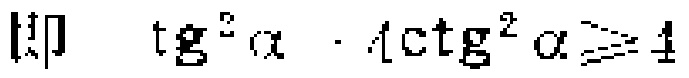
即 $\tg^{2}\alpha\cdot 4\ctg^{2}\alpha\geqslant 4$